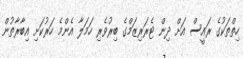
ހިތްތަކުގެ ރައީސް އަށް ދިން ޓެރަރިޒަމްގެ ބިރުވެރި ހަމަލާ އެންމެ ހަރުކަށި އިބާރާތުން